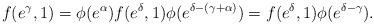
LaTeX: \begin{align*}f(e^{\gamma},1)=\phi(e^{\alpha})f(e^{\delta},1)\phi(e^{\delta-(\gamma+\alpha)})=f(e^{\delta},1)\phi(e^{\delta-\gamma}).\end{align*}